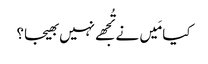
کیا مَیں نے تُجھے نہیں بھیجا؟